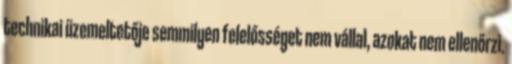
technikai üzemeltetője semmilyen felelősséget nem vállal, azokat nem ellenőrzi.